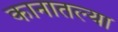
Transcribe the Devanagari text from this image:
कानातल्या